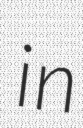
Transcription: in